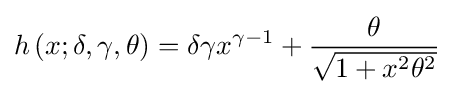
h\left(x;\delta ,\gamma ,\theta \right)=\delta \gamma x^{\gamma -1}+{\frac {\theta }{\sqrt {1+x^{2}\theta ^{2}}}}